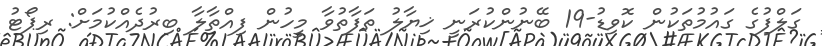
ގަލްފުގެ ގައުމުތަކުން ކޮވިޑު-19 ބޭނުންކުރަނީ ޚިޔާލު ތަފާތުވާ މީހުން ފިއްތާލާ ބިރުދެއްކުމަށް: ރިޕޯޓު